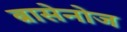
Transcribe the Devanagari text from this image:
ब्रासेनोज